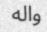
واله